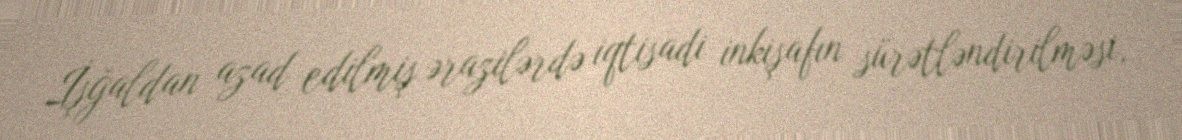
İşğaldan azad edilmiş ərazilərdə iqtisadi inkişafın sürətləndirilməsi,